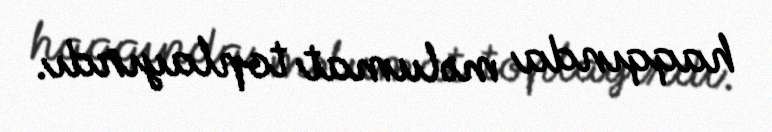
haqqında məlumat toplayırdı.